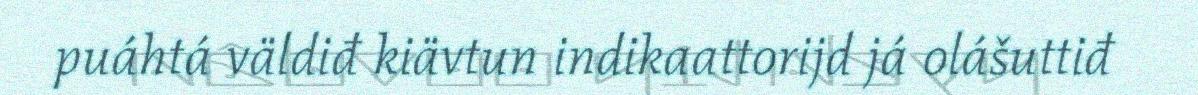
puáhtá väldiđ kiävtun indikaattorijd já olášuttiđ